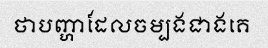
ថាបញ្ហាដែលចម្បងជាងគេ